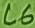
Text: C6